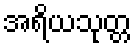
အရိယသုတ္တ